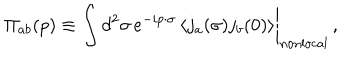
\Pi _ { a b } ( p ) \equiv \left. \int d ^ { 2 } \sigma \, e ^ { - i p \cdot \sigma } \left< j _ { a } ( \sigma ) j _ { b } ( 0 ) \right> \right| _ { \mathrm { n o n l o c a l } } \, ,